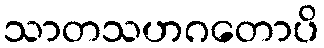
သာတသဟဂတောပိ